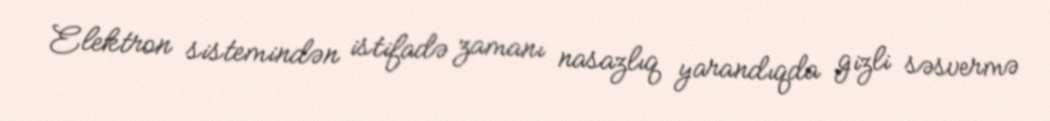
Elektron sistemindən istifadə zamanı nasazlıq yarandıqda gizli səsvermə